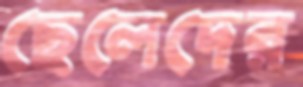
ছেলেদের